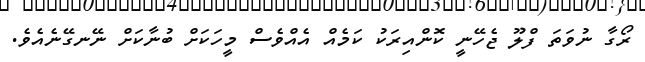
ރޯގާ ނުވަތަ ފްލޫ ޖެހޭނީ ކޮންއިރަކު ކަމެއް އެއްވެސް މީހަކަށް ބުނާކަށް ނޭނގޭނެއެވެ.